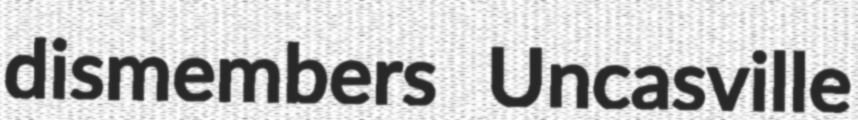
dismembers Uncasville